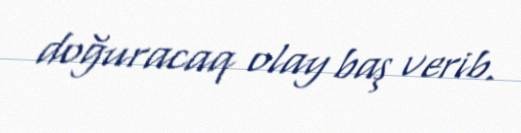
doğuracaq olay baş verib.